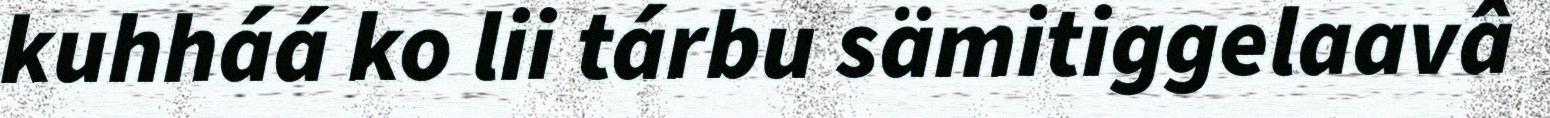
kuhháá ko lii tárbu sämitiggelaavâ